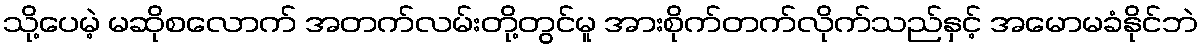
သို့ပေမဲ့ မဆိုစလောက် အတက်လမ်းတို့တွင်မူ အားစိုက်တက်လိုက်သည်နှင့် အမောမခံနိုင်ဘဲ